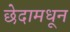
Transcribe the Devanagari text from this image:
छेदामधून